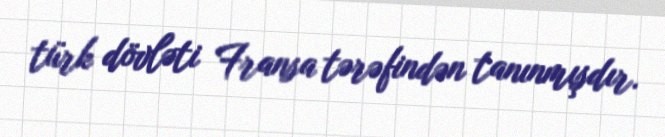
türk dövləti Fransa tərəfindən tanınmışdır.